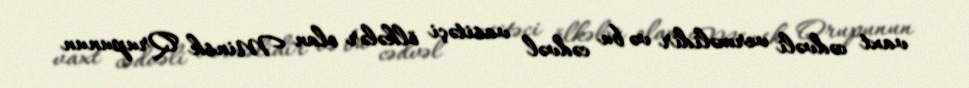
vaxt cədvəli verməlidir və bu cədvəl vasitəçi ölkələr olan Minsk Qrupunun